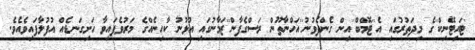
'ޓައިޓޭނިކް''ގެ މިދަތުރުގައި އެ''ޓޮމްބް''އިން ގެންދެވުނު''އަހްނާތޫން ރަަސްގެފާން''ޒަމާނުގައި އުޅުނު ކާހިނެއްގެ މަރުވެފައިވާ ހަށިގަނޑެއް އުފުލާފައިވެއެވެ.